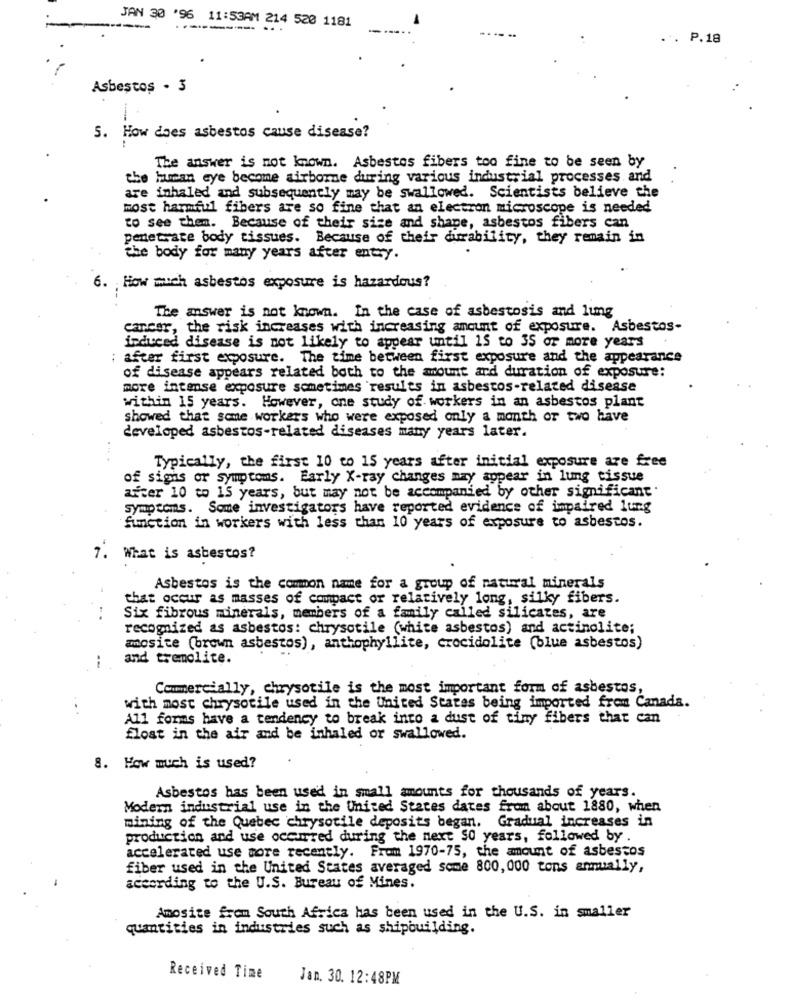
JAN 30 '96 11:53AM 214 520 1181
-
-------. .
-....
. P.18
Asbestos - 3
5. How does asbestos cause disease?
The answer is not known. Asbestos fibers too fine to be seen by
the human eye become airborne during various industrial processes and
are inhaled and subsequently may be swallowed. Scientists believe the
most harmful fibers are so fine that an electron microscope is needed
to see them. Because of their size and shape, asbestos fibers can
penetrare body tissues. Because of their durability, they remain in
the body for many years after entry.
6. How much asbestos exposure is hazardous?
The answer is not known. In the case of asbestosis and lung
cancer, the risk increases with increasing amount of exposure. Asbestos-
induced disease is not likely to appear until 15 to 35 or more years
: after first exposure. The time between first exposure and the appearance
of disease appears related both to the amount and duration of exposure:
more intense exposure sometimes'results in asbestos-related disease
within 15 years. However, one study of workers in an asbestos plant
showed that some workers who were exposed only a month or two have
developed asbestos-related diseases many years later.
....
Typically, the first 10 to 15 years after initial exposure are free
of signs or Symptoms. Early X-ray changes may appear in lung tissue
after 10 to 15 years, but may not be accompanied by other significant.
Symptoms. Some investigators have reported evidence of impaired lung
function in workers with less than 10 years of exposure to asbestos.
7. What is asbestos?
Asbestos is the common name for a group of natural minerals
that occur as masses of compact or relatively long, silky fibers.
Six fibrous minerals, members of a family called silicates, are
recognized as asbestos: chrysotile (white asbestos) and actinolite;
mnosite (brown asbestos), anthophyllite, crocidolite (blue asbestos)
and tremolite.
--
Commercially, chrysotile is the most important form of asbestos,
with most chrysotile used in the United States being imported from Canada.
All forms have a tendency to break into a dust of tiny fibers that can
float in the air and be inhaled or swallowed.
8. How much is used?
Asbestos has been used in small amounts for thousands of years.
Modern industrial use in the United States dates from about 1880, when
mining of the Quebec chrysotile deposits began, Gradual increases in
production and use occurred during the next SO years, followed by .
accelerated use more recently. From 1970-75, the amount of asbestos
fiber used in the United States averaged some 800,000 tons annually,
according to the U.S. Bureau of Mines.
Amosite from South Africa has been used in the U.S. in smaller
quantities in industries such as shipbuilding.
Received Time
Jan. 30. 12:48PM